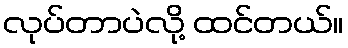
လုပ်တာပဲလို့ ထင်တယ်။